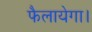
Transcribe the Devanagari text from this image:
फैलायेगा।